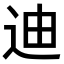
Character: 迪